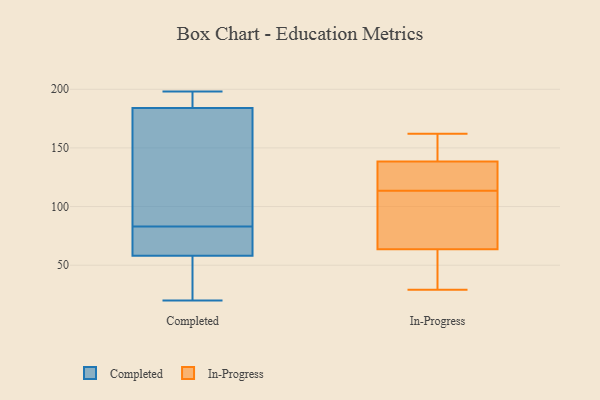
{"axis": {"x": "Demand Index", "y": "Value"}, "legend": ["Completed", "In-Progress"], "data": [{"x": "", "y": 65, "type": "Completed"}, {"x": "", "y": 188, "type": "Completed"}, {"x": "", "y": 184, "type": "Completed"}, {"x": "", "y": 118, "type": "Completed"}, {"x": "", "y": 58, "type": "Completed"}, {"x": "", "y": 25, "type": "Completed"}, {"x": "", "y": 20, "type": "Completed"}, {"x": "", "y": 65, "type": "Completed"}, {"x": "", "y": 101, "type": "Completed"}, {"x": "", "y": 198, "type": "Completed"}, {"x": "", "y": 157, "type": "In-Progress"}, {"x": "", "y": 108, "type": "In-Progress"}, {"x": "", "y": 123, "type": "In-Progress"}, {"x": "", "y": 162, "type": "In-Progress"}, {"x": "", "y": 56, "type": "In-Progress"}, {"x": "", "y": 29, "type": "In-Progress"}, {"x": "", "y": 124, "type": "In-Progress"}, {"x": "", "y": 52, "type": "In-Progress"}, {"x": "", "y": 119, "type": "In-Progress"}, {"x": "", "y": 105, "type": "In-Progress"}, {"x": "", "y": 71, "type": "In-Progress"}, {"x": "", "y": 153, "type": "In-Progress"}]}